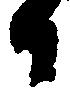
ひ